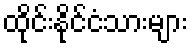
ထိုင်းနိုင်ငံသားများ